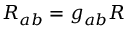
R _ { a b } = g _ { a b } R